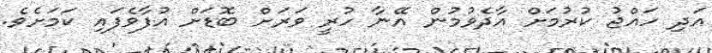
އަދި ހައްޖު ކުރުމަށް އާދެވުމުން އޭނާ ހުރީ ވަރަށް ބޮޑަށް އުފާވެފައި ކަމަށެވެ.